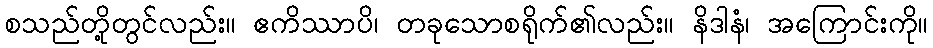
စသည်တို့တွင်လည်း။ ဧကိဿာပိ၊ တခုသောစရိုက်၏လည်း။ နိဒါနံ၊ အကြောင်းကို။